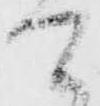
て